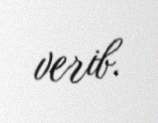
verib.